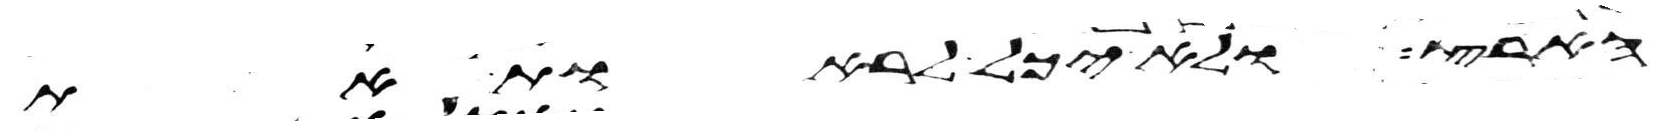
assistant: הארץ ולא יכל לראות את